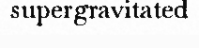
supergravitated